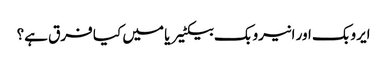
ایروبک اور انیروبک بیکٹیریا میں کیا فرق ہے؟